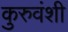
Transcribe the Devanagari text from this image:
कुरुवंशी